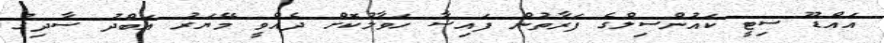
އައްޑޫ ސިޓީ ކައުންސިލްގެ ފަރާތުން ފައިސާ ހަވާލުކޮށް ދެއްވީ މޭޔަރު އަބްދު ސާދިގު